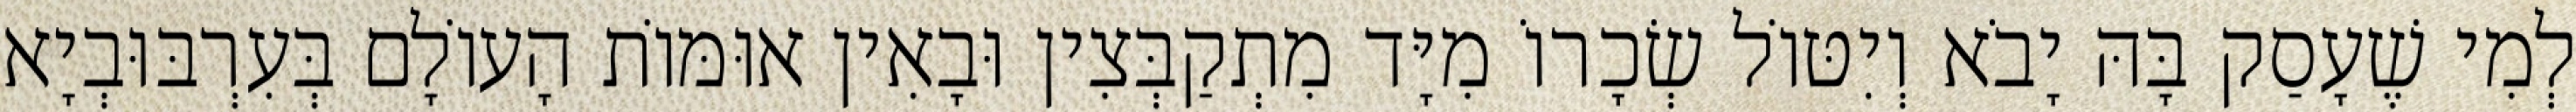
לְמִי שֶׁעָסַק בָּהּ יָבֹא וְיִטּוֹל שְׂכָרוֹ מִיָּד מִתְקַבְּצִין וּבָאִין אוּמּוֹת הָעוֹלָם בְּעִרְבּוּבְיָא